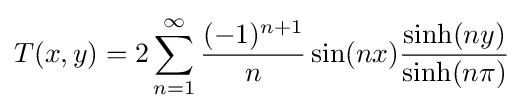
T(x,y)=2\sum _{n=1}^{\infty }{\frac {(-1)^{n+1}}{n}}\sin(nx){\sinh(ny) \over \sinh(n\pi )}